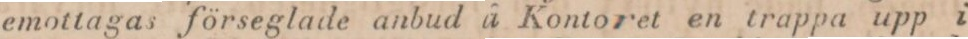
emottagas förseglade anbud å Kontoret en trappa upp i